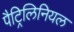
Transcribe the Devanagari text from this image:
पैट्रिलिनियल